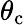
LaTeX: \theta_{\mathrm{c}}